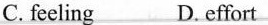
C.feeling D. effort